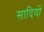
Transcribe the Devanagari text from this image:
सादियों